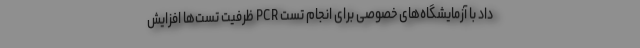
داد با آزمایشگاه‌های خصوصی برای انجام تست PCR ظرفیت تست‌ها افزایش